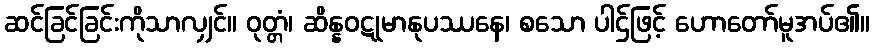
ဆင်ခြင်ခြင်းကိုသာလျှင်။ ဝုတ္တံ၊ ဆိန္နဝဋုမာနုပဿနေ၊ စသော ပါဌ်ဖြင့် ဟောတော်မူအပ်၏။